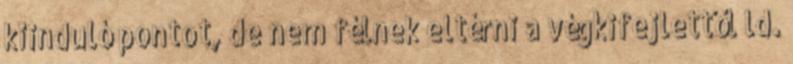
kiinduló pontot, de nem félnek eltérni a végkifejlettől ld.